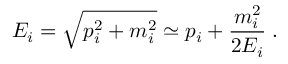
{ E _ { i } } = \sqrt { { p _ { i } ^ { 2 } } + { m _ { i } ^ { 2 } } } \simeq { p _ { i } } + \frac { { m _ { i } ^ { 2 } } } { 2 { E _ { i } } } \; .